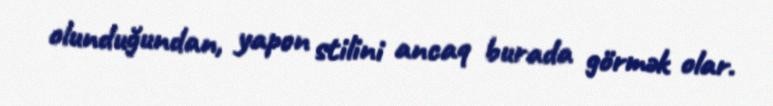
olunduğundan, yapon stilini ancaq burada görmək olar.